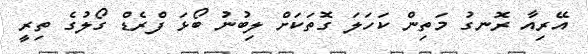
އޭރިއާ ރޮނގު މަތިން ކަހަލަ ގޮތަކަށް ލިބުނު ބޯޅަ ފްރެޑް ގޯލުގެ ތިރީ